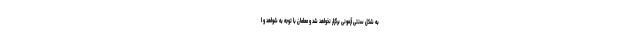
به شکل سنتی آزمونی برگزار نخواهد شد و معلمان با توجه به شواهد و ا